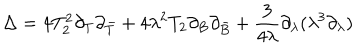
\Delta = 4 T _ { 2 } ^ { 2 } \partial _ { T } \partial _ { \bar { T } } + 4 \lambda ^ { 2 } T _ { 2 } \partial _ { B } \partial _ { \bar { B } } + \frac { 3 } { 4 \lambda } \partial _ { \lambda } ( \lambda ^ { 3 } \partial _ { \lambda } )